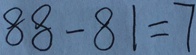
8 8 - 8 1 = 7